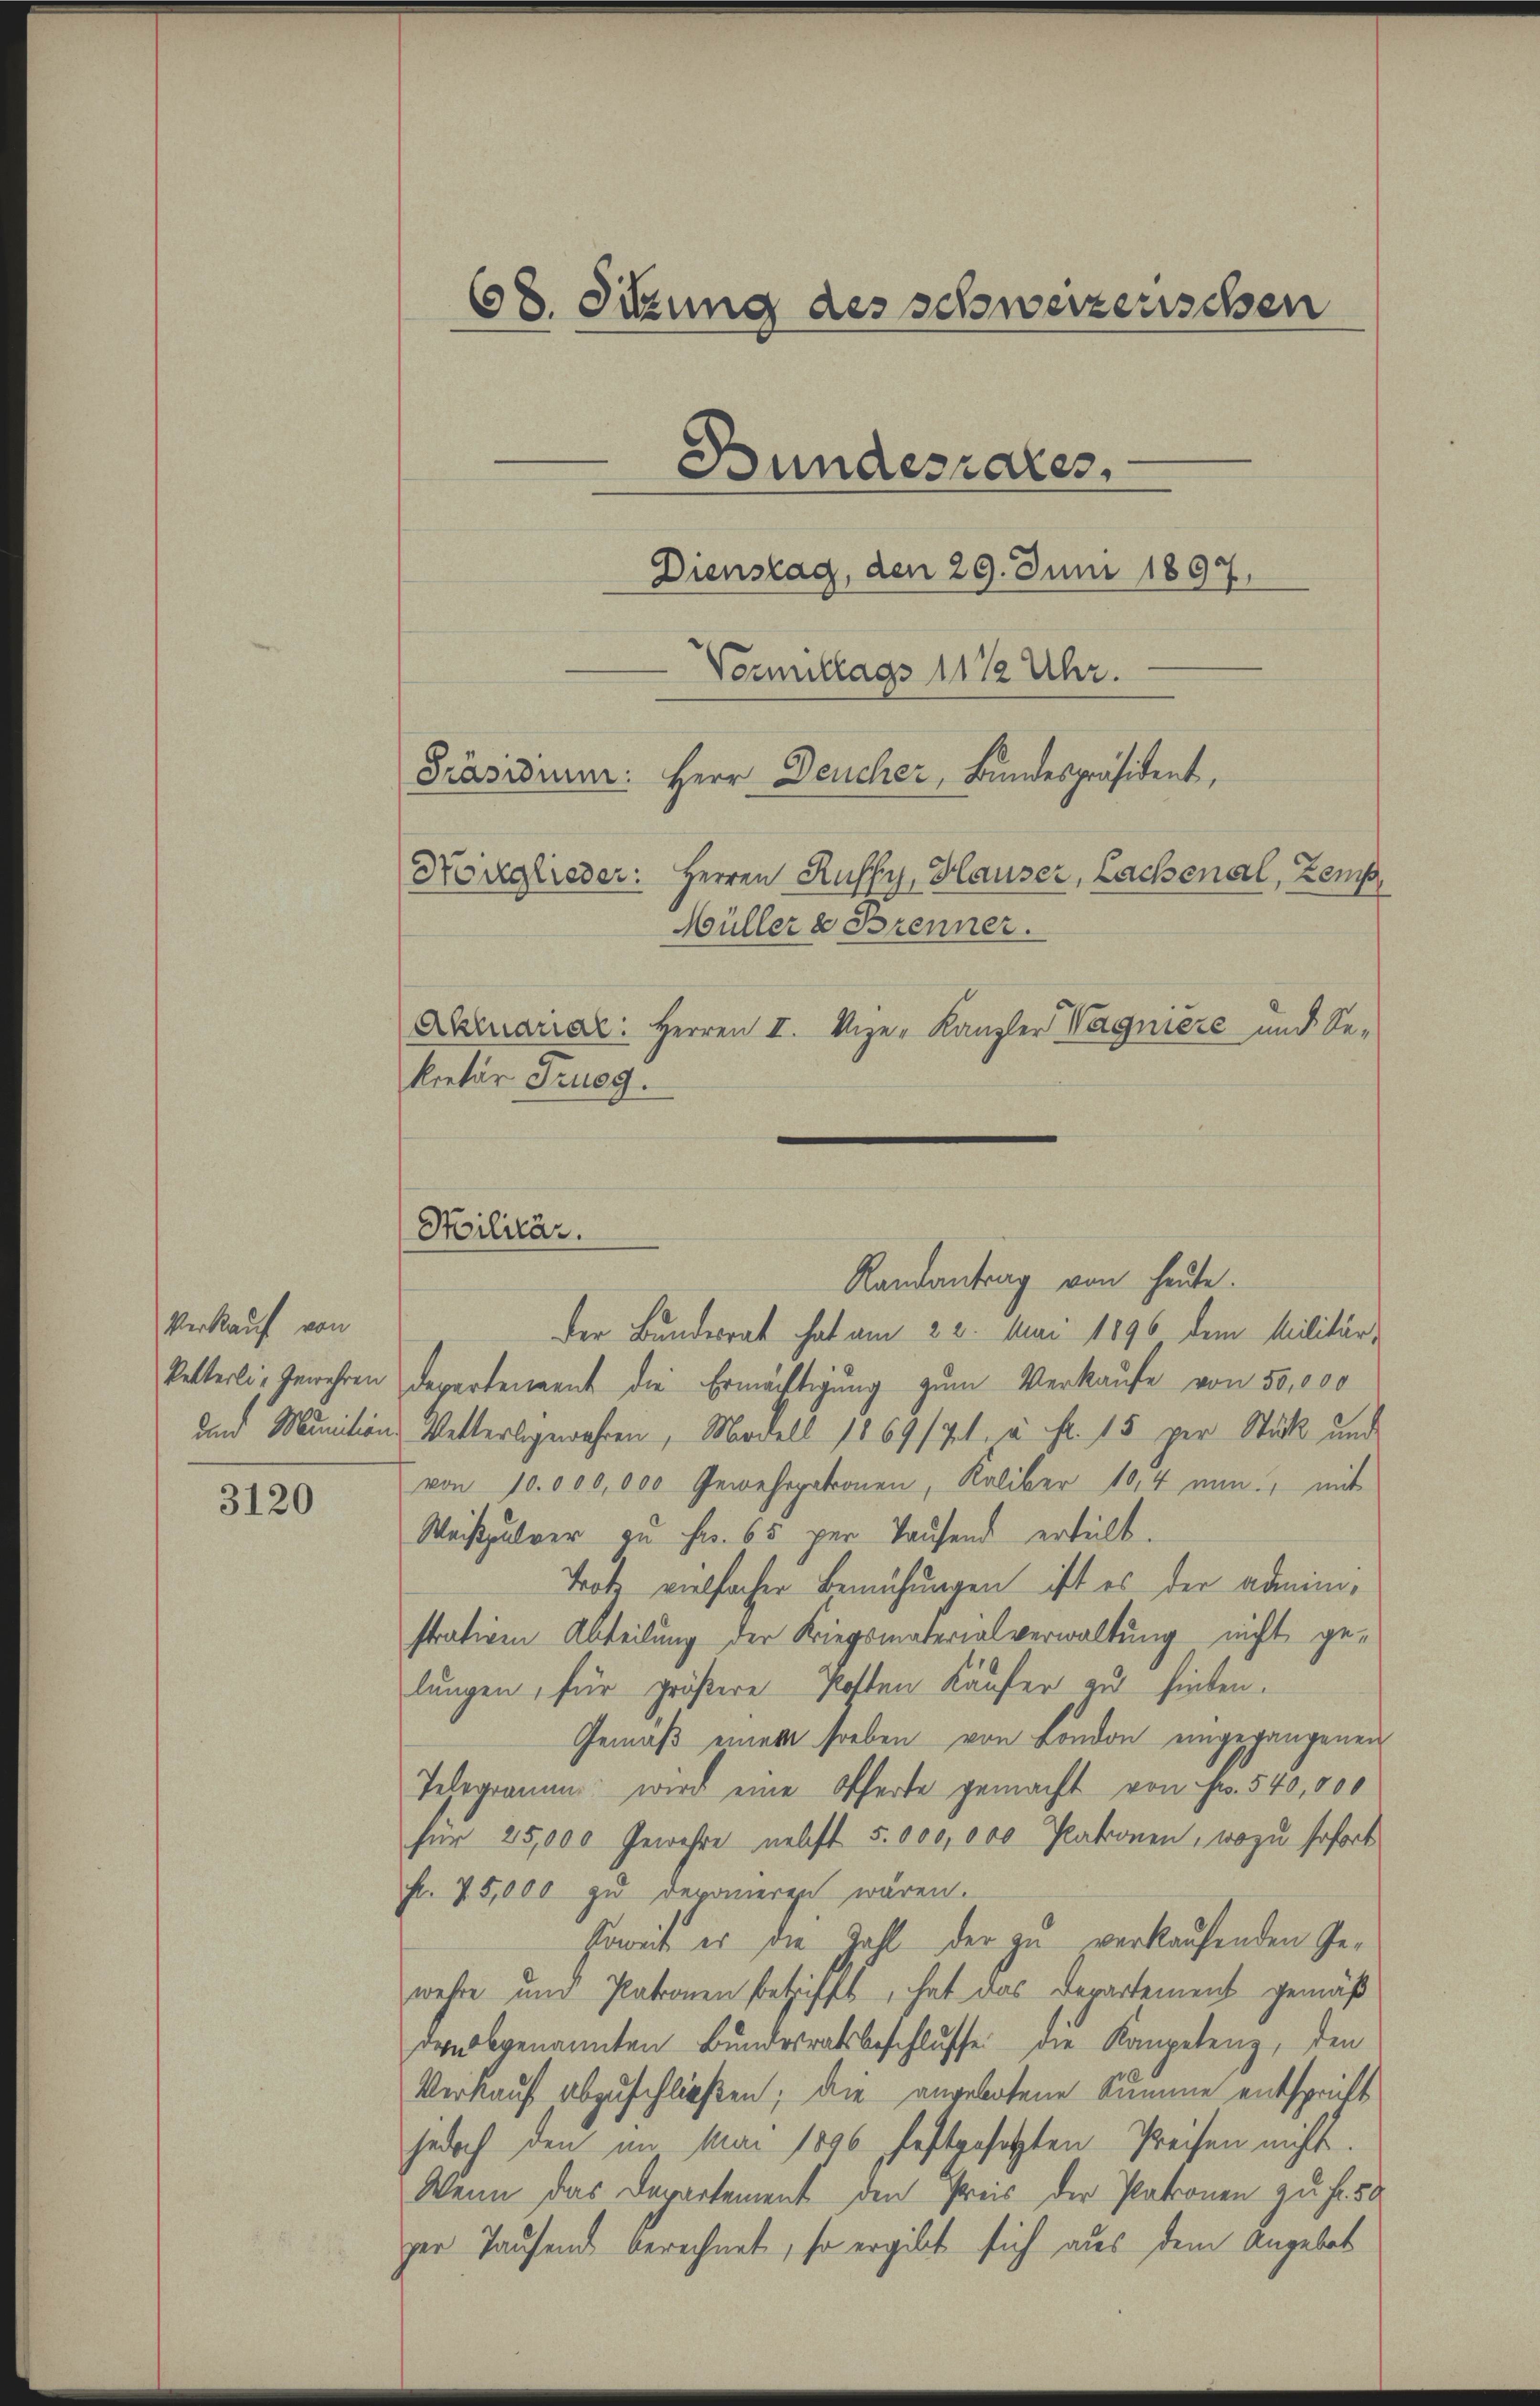
Verkauf von
ketterli, Gewehren
den Munition

3120

68. Sitzung des schweizerischen
Bundesrates,
Dienstag, den 29. Juni 1897.
Vormittags 11 1/2 Uhr.
Präsidium:
Herr Deucher, Bundespräsident,
Nörglieder: Herren Ruffy, Hauser, Lachenal, Zemp
Müller & Brenner.
Akruariar: Herren I. Vizer Kanzler Wagniere und Se-
kretär Trusg.

Stilitär.

Der Bundesrat hat am 22. Mai 1896 dem Militär-
departenannt die Ermächtigung zum Verkaufe von 50,000
Vetterlegewahren, Modell 1869/71 u. fr. 15 per Stück und
von 10.000,000 Gewehrpatronen, Kaliber 10,4 nun, mit
Weißpulver zu Fr. 65 per Taufend erteilt.
Trotz vielfacher Bemühungen ist es der administrativen Abteilung der Kriegsmaterialverwaltung nicht gelungen, für größere Kosten Käufer zu hinten.
Gemäß einem soeben von London eingegangenen
Telegramm wird eine Offerte gemacht von Fr. 540,000
für 25,000 Gewehre nebst 5 000,000 Patronen, wozu sofort
Fr. 75,000 zu deponieren wären.
soweit er die Zahl der zu verkaufenden Gewehre und Patronen betrifft, hat das Derartement gemäß
rabgenannten Bundesratsbeschlusse die Kompetenz, den
Verkauf abzuschließen; die angebotene Summe entspricht
jedoch den im Mai 1896 festgesetzten Preisen nicht.
Wenn das Departement den Preis der Patronen zu fr. 50
ger Taufend berechnet, so ergibt sich aus dem Angebet

Randantrag von heute.